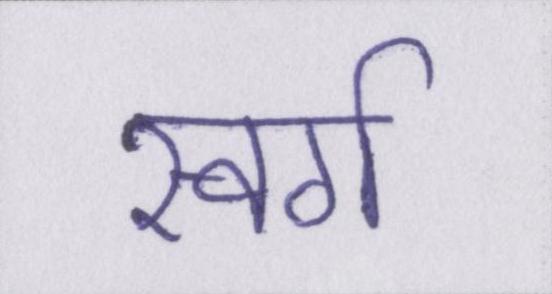
स्वर्ग